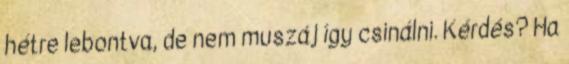
hétre lebontva, de nem muszáj így csinálni. Kérdés? Ha